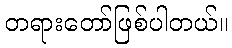
တရားတော်ဖြစ်ပါတယ်။